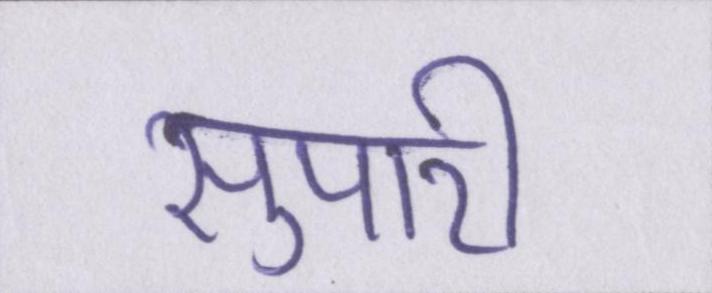
सुपारी